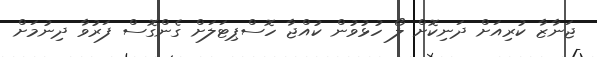
ޖަނާޒާ ކުރިއަށް ދަނިކޮށް ލޯ ހުޅުވުން ކުއްޖާ ހޮސްޕިޓަލަށް ގެންގޮސް ފަރުވާ ދިނުމަށް